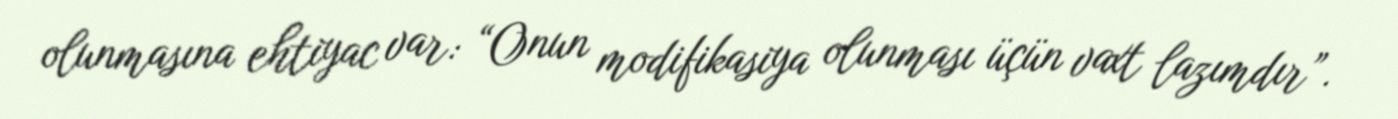
olunmasına ehtiyac var: “Onun modifikasiya olunması üçün vaxt lazımdır”.